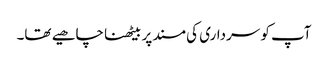
آپ کو سرداری کی مسند پر بیٹھنا چاھیے تھا۔